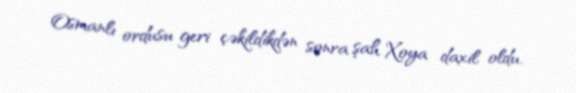
Osmanlı ordusu geri çəkildikdən sonra şah Xoya daxil oldu.